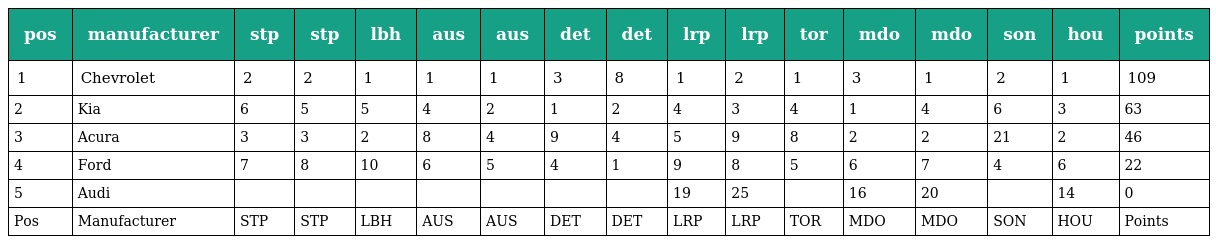
| pos | manufacturer | stp | stp | lbh | aus | aus | det | det | lrp | lrp | tor | mdo | mdo | son | hou | points |
 | --- | --- | --- | --- | --- | --- | --- | --- | --- | --- | --- | --- | --- | --- | --- | --- | --- |
 | 1 | Chevrolet | 2 | 2 | 1 | 1 | 1 | 3 | 8 | 1 | 2 | 1 | 3 | 1 | 2 | 1 | 109 |
 | 2 | Kia | 6 | 5 | 5 | 4 | 2 | 1 | 2 | 4 | 3 | 4 | 1 | 4 | 6 | 3 | 63 |
 | 3 | Acura | 3 | 3 | 2 | 8 | 4 | 9 | 4 | 5 | 9 | 8 | 2 | 2 | 21 | 2 | 46 |
 | 4 | Ford | 7 | 8 | 10 | 6 | 5 | 4 | 1 | 9 | 8 | 5 | 6 | 7 | 4 | 6 | 22 |
 | 5 | Audi |  |  |  |  |  |  |  | 19 | 25 |  | 16 | 20 |  | 14 | 0 |
 | Pos | Manufacturer | STP | STP | LBH | AUS | AUS | DET | DET | LRP | LRP | TOR | MDO | MDO | SON | HOU | Points |